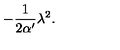
- \frac { 1 } { 2 \alpha ^ { \prime } } \lambda ^ { 2 } .